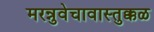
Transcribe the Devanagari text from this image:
मरन्नुवेचावास्तुक्कळ